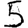
Digit: 5